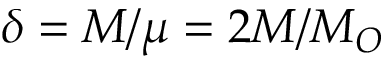
\delta = M / \mu = 2 M / M _ { O }